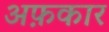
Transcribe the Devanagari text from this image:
अफ़कार